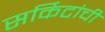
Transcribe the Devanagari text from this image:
सर्किटांची